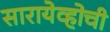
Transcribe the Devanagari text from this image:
सारायेव्होची